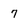
Character: 7